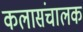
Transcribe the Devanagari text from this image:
कलासंचालक